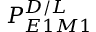
P _ { E 1 M 1 } ^ { D / L }